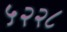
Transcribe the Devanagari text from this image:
५२२८